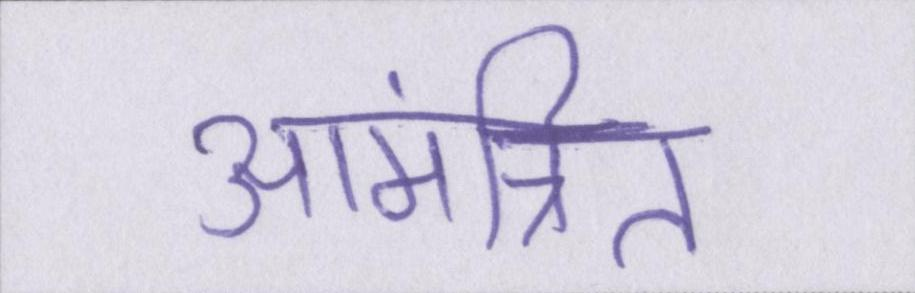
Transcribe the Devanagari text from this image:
आमंत्रित